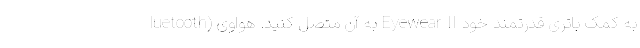
luetooth) به آن متصل کنید. هواوی Eyewear II به کمک باتری قدرتمند خود